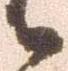
候